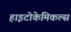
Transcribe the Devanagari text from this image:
हाइटोकेमिकल्स